Annual statistical returns and brief notes on vaccination in Bengal - 1909-1929
Year: 1909
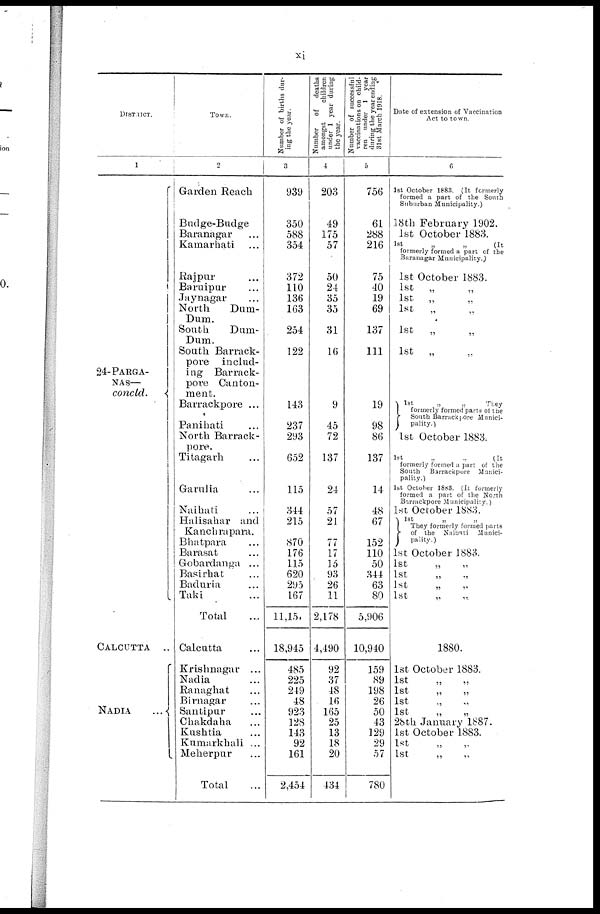
xi
DISTRICT.
1
24-PARGA-
NAS—
concld.
CALCUTTA
..
NADIA...
Town.
2
Garden Reach...
Budge-Budge...
Baranagar...
Kamarhati...
Rajpur...
Baruipur...
Jaynagar...
North
Dum-
Dum.
South
Dum-
Dum.
South Barrack-
pore includ-
ing Barrack-
pore Canton-
ment.
Barrackpore ...
Panihati...
North Barrack -
pore.
Titagarh...
Garulia...
Naihati...
Halisahar and
Kanebrapara.
Bhatpara...
Barasat...
Gobardanga...
Basirhat...
Baduria...
Taki...
Total...
Calcutta...
Krishnagar...
Nadia...
Ranaghat...
Birnagar...
Santipur...
Chakdaha...
Kushtia...
Kumarkhali ...
Meherpur...
Total...
Number of births dur-
ing the year.
3
939
350
588
354
372
110
136
163
254
122
143
237
293
652
115
344
215
870
176
115
620
295
167
11,150
18,945
485
225
249
48
923
128
143
92
161
2,454
Number
of deaths
amongst
children
under 1 year during
the year.
4
203
49
175
57
50
24
35
35
31
16
9
45
72
137
24
57
21
77
17
15
93
26
11
2,178
4,490
92
37
48
16
165
25
13
18
20
434
Number of successful
vaccinations on child-
ren under 1 year
during the year ending
31st March 1918.
5
756
61
288
216
75
40
19
69
137
111
19
98
86
137
14
48
67
152
110
50
344
63
80
5,906
10,940
159
89
198
26
50
43
129
29
57
780
Date of extension of Vaccination
Act to town.
6
1st October 1883. (It formerly
formed a part of the South
Suburban Municipality.)
18th February 1902.
1st October 1883.
1st
„
„
(It
formerly formed a part of the
Baranagar Municipality.)
1st October 1883.
1st
„ „
1st
„ „
1st
„ „
1st
„ „
1st
„ „
1st
„
„
They
formerly formed parts of the
South Barrackpore Munici-
pality.
1st October 1883.
1st
„
..
(It
formerly formed a part of the
South Barrackpore Munici-
pality.)
1st October 1883. (It formerly
formed a part of the North
Barrackpore Municipality.)
1st October 1883.
1st
„
„
They formerly formed parts
of the Naihati Munici-
pality.)
1st October 1883.
1st
„ „
1st „ „
1st
„ „
1st
„
„
1880.
1st October 1883.
1st
„
„
1st
„
„
1st
„
„
1st
„
„
28th January 1887.
1st October 1883.
1st „ „
1st „ „